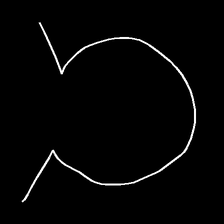
Glyph: weave